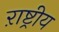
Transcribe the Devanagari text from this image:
ऱाष्ट्रीय